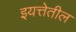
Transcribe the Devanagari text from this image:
इयत्तेतील